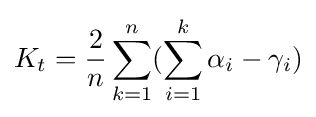
K_{t}={\frac {2}{n}}\sum _{k=1}^{n}(\sum _{i=1}^{k}\alpha _{i}-\gamma _{i})